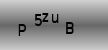
Text: P5zuB